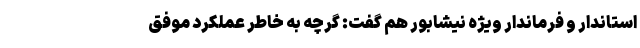
استاندار و فرماندار ویژه نیشابور هم گفت: گرچه به خاطر عملکرد موفق